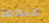
عندما